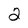
Character: 2